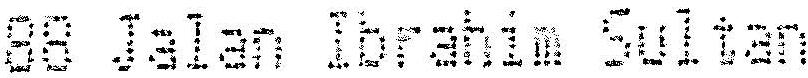
88 JALAN IBRAHIM SULTAN